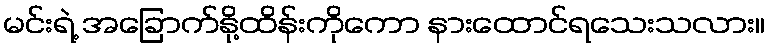
မင်းရဲ့ အခြောက်နို့ထိန်းကိုကော နားထောင်ရသေးသလား။